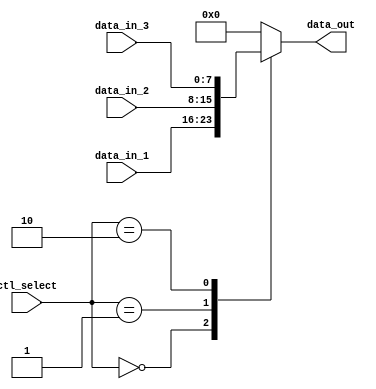
module bus_switch (
    input wire [1:0] ctl_select,
    input wire [7:0] data_in_1,
    input wire [7:0] data_in_2,
    input wire [7:0] data_in_3,
    output reg [7:0] data_out
);

always @ (ctl_select, data_in_1, data_in_2, data_in_3)
begin
    case (ctl_select)
        2'b00: data_out <= data_in_1;
        2'b01: data_out <= data_in_2;
        2'b10: data_out <= data_in_3;
        default: data_out <= 8'b00000000;
    endcase
end

endmodule